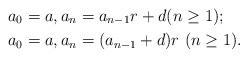
LaTeX: \begin{align*}&a_0=a, a_n = a_{n-1} r + d (n\geq1);\\&a_0=a, a_n = (a_{n-1} + d)r \,\,(n\geq1).\end{align*}